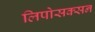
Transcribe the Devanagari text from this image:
लिपोसक्सन